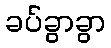
ခပ်ခွာခွာ